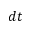
d t